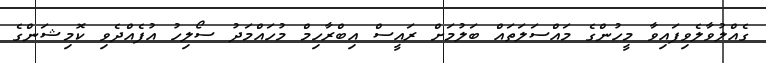
ގެއްލުވާލެވިފައިވާ މީހުންގެ މައްސަލަތައް ބަލުމަށް ރައީސް އިބްރާހިމް މުހައްމަދު ސޯލިހު އުފެއްދެވި ކޮމިޝަންގެ